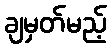
ချမှတ်မည့်